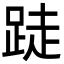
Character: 跿